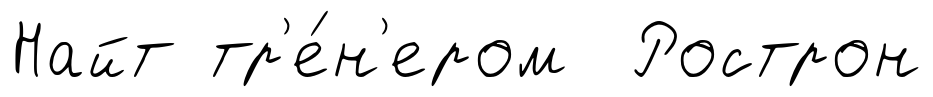
Найт тр'е́н'ером Рострон